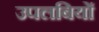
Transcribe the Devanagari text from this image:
उपलबियों